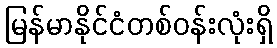
မြန်မာနိုင်ငံတစ်ဝန်းလုံးရှိ